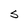
Character: S